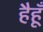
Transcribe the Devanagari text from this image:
हैहूँ